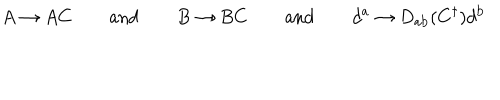
LaTeX: A \rightarrow A C \qquad { \mathrm { a n d } } \qquad B \rightarrow B C \qquad { \mathrm { a n d } } \qquad d ^ { \mathrm { a } } \rightarrow D _ { \mathrm { a b } } ( C ^ { \dagger } ) d ^ { \mathrm { b } }